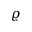
\varrho